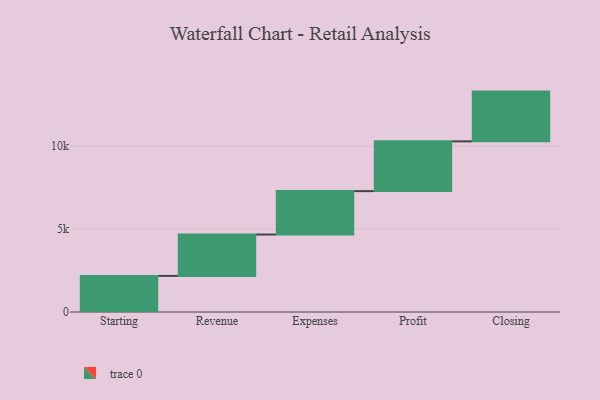
{"axis": {"x": "Step", "y": "Value"}, "legend": [""], "data": [{"x": "Starting", "y": 2176.0, "type": ""}, {"x": "Revenue", "y": 2495.0, "type": ""}, {"x": "Expenses", "y": 2617.0, "type": ""}, {"x": "Profit", "y": 3000, "type": ""}, {"x": "Closing", "y": 3000, "type": ""}]}